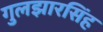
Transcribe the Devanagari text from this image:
गुलझारसिंह